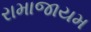
રામાજાયમ